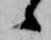
候